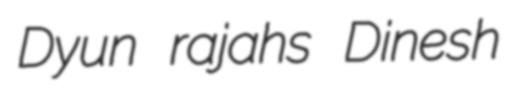
Dyun rajahs Dinesh